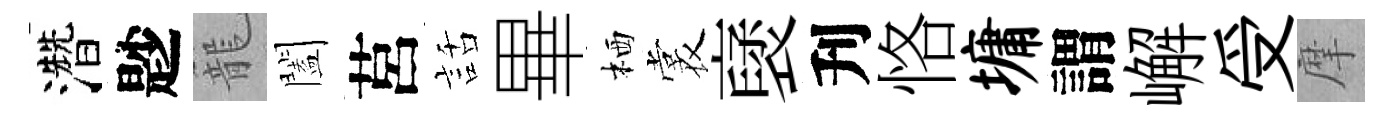
濳尟籠闔莒話畢栖裳裦刋恪墉謂嶰受摩